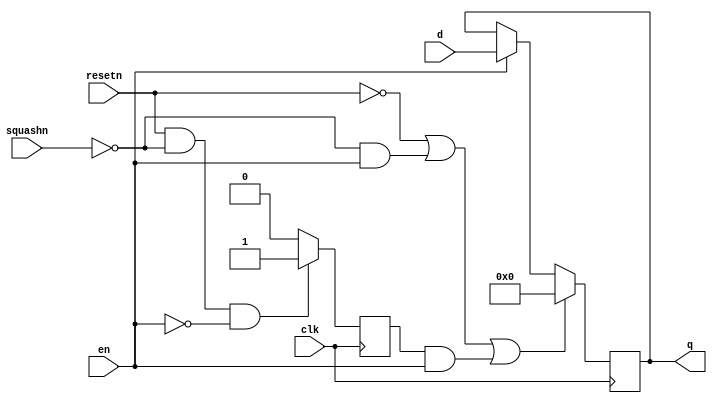
module pipereg_full_1(d,clk,resetn,squashn,en,q);
parameter WIDTH=32;
input clk;
input resetn;
input en;
input squashn;
input [WIDTH-1:0] d;
output [WIDTH-1:0] q;
reg [WIDTH-1:0] q;
reg squash_save;
  always @(posedge clk)   
  begin
    if (resetn==0 || (squashn==0 && en==1) || (squash_save&en))
      q<=0;
    else if (en==1)
      q<=d;
  end
  always @(posedge clk)
  begin
    if (resetn==1 && squashn==0 && en==0)
      squash_save<=1;
    else
      squash_save<=0;
  end
endmodule